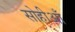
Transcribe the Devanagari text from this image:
सोहीआँ